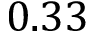
0 . 3 3